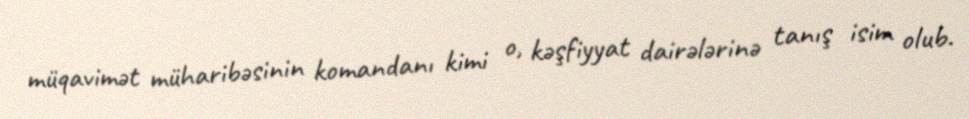
müqavimət müharibəsinin komandanı kimi o, kəşfiyyat dairələrinə tanış isim olub.